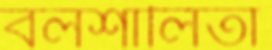
বলশালিতা